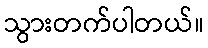
သွားတက်ပါတယ်။